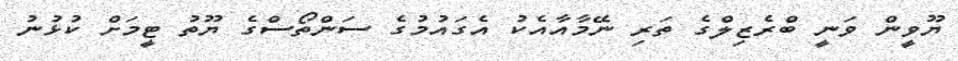
ޔޫވީން ވަނީ ބްރެޒިލްގެ ތަރި ނޭމާއާއެކު އެގައުމުގެ ސަންތޯސްގެ ޔޫތު ޓީމަށް ކުޅުނު